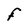
Character: F